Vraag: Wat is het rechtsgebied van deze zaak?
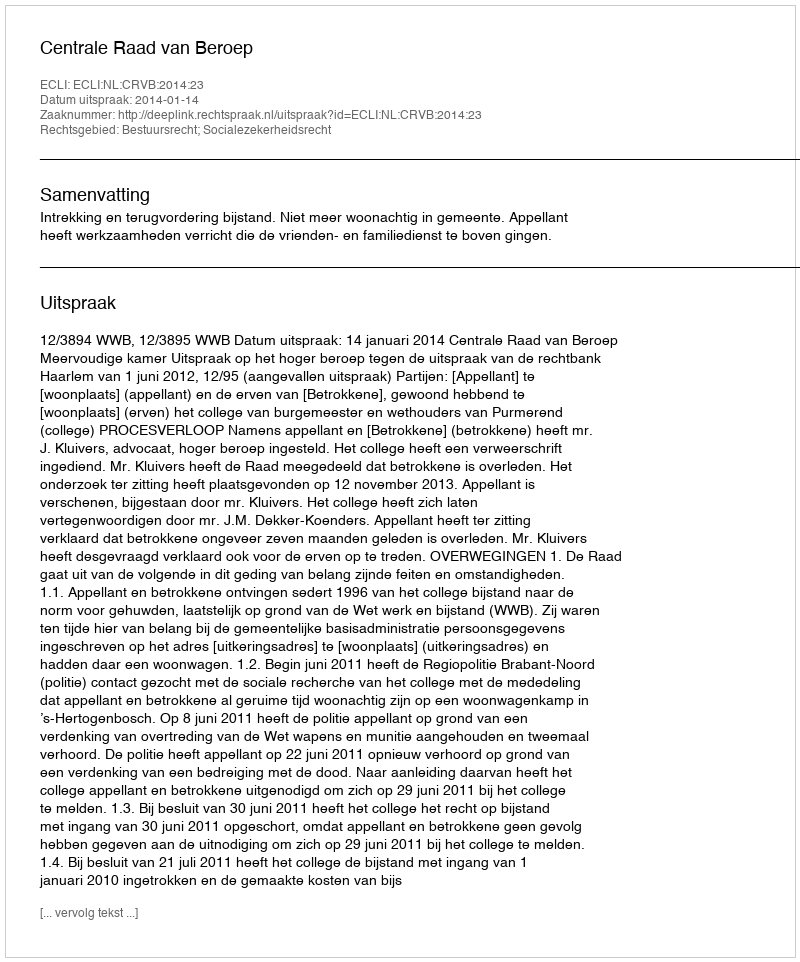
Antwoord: Bestuursrecht; Socialezekerheidsrecht